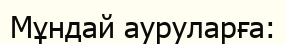
Мұндай ауруларға: